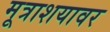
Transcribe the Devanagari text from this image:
मूत्राशयावर